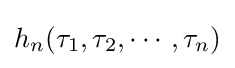
h_{n}(\tau _{1},\tau _{2},\cdots ,\tau _{n})